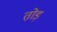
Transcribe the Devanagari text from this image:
तो़ड़